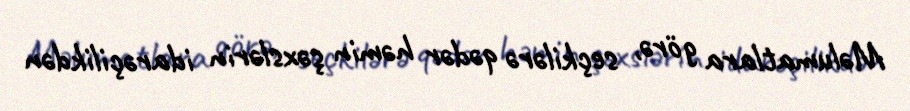
Məlumatlara görə, seçkilərə qədər həmin şəxslərin idarəçilikdən